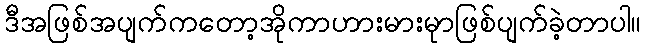
ဒီအဖြစ်အပျက်ကတော့အိုကာဟားမားမုာဖြစ်ပျက်ခဲ့တာပါ။